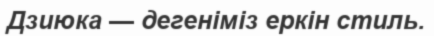
Дзиюка — дегеніміз еркін стиль.